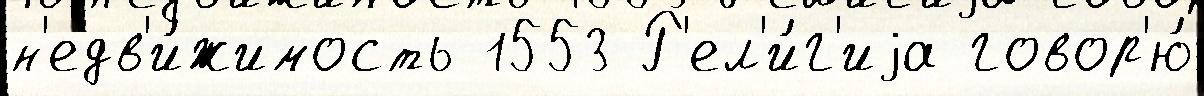
н'едв'и́жимость 1553 Р'ел'и́г'иjа говор'ю́